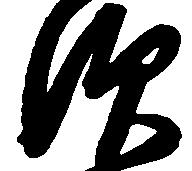
須